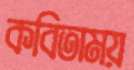
কবিতাময়